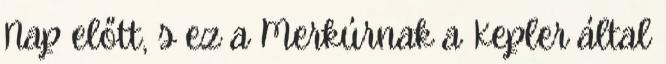
Nap előtt, s ez a Merkúrnak a Kepler által